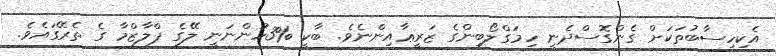
އެކިހިސާބުތަކަށް ގެންގޮސްދެނީ ހިމަގްލޯބިންގެ ޒަރީޢާއިންނެވެ. ބާކީ %3ހުންނަނީ ލޭގެ ޕްލާޒްމާ ގެ ތެރޭގައެވެ.